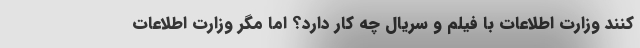
کنند وزارت اطلاعات با فیلم و سریال چه کار دارد؟ اما مگر وزارت اطلاعات